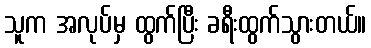
သူက အလုပ်မှ ထွက်ပြီး ခရီးထွက်သွားတယ်။